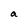
Character: a